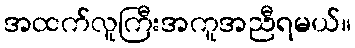
အထက်လူကြီးအကူအညီရမယ်။